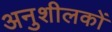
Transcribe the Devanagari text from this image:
अनुशीलकों